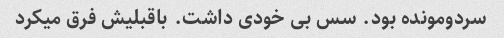
سردومونده بود. سس بی خودی داشت. باقبلیش فرق میکرد